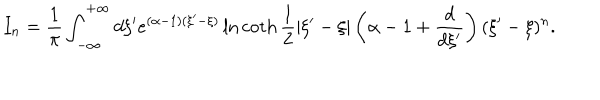
I _ { n } = \frac { 1 } { \pi } \int _ { - \infty } ^ { + \infty } d \xi ^ { \prime } e ^ { ( \alpha - 1 ) ( \xi ^ { \prime } - \xi ) } \ln \coth \frac { 1 } { 2 } | \xi ^ { \prime } - \xi | \left( \alpha - 1 + \frac { d } { d \xi ^ { \prime } } \right) ( \xi ^ { \prime } - \xi ) ^ { n } .